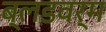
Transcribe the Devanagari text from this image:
ब्लडवर्म